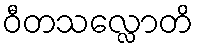
ဝီတသလ္လောတိ